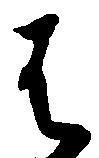
は